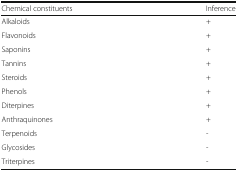
<table><thead><tr><td><b>Chemical constituents</b></td><td><b>Inference</b></td></tr></thead><tbody><tr><td>Alkaloids</td><td>+</td></tr><tr><td>Flavonoids</td><td>+</td></tr><tr><td>Saponins</td><td>+</td></tr><tr><td>Tannins</td><td>+</td></tr><tr><td>Steroids</td><td>+</td></tr><tr><td>Phenols</td><td>+</td></tr><tr><td>Diterpines</td><td>+</td></tr><tr><td>Anthraquinones</td><td>+</td></tr><tr><td>Terpenoids</td><td>-</td></tr><tr><td>Glycosides</td><td>-</td></tr><tr><td>Triterpines</td><td>-</td></tr></tbody></table>